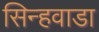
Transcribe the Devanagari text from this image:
सिन्हवाडा